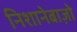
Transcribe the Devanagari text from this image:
निशानेबाज़ो